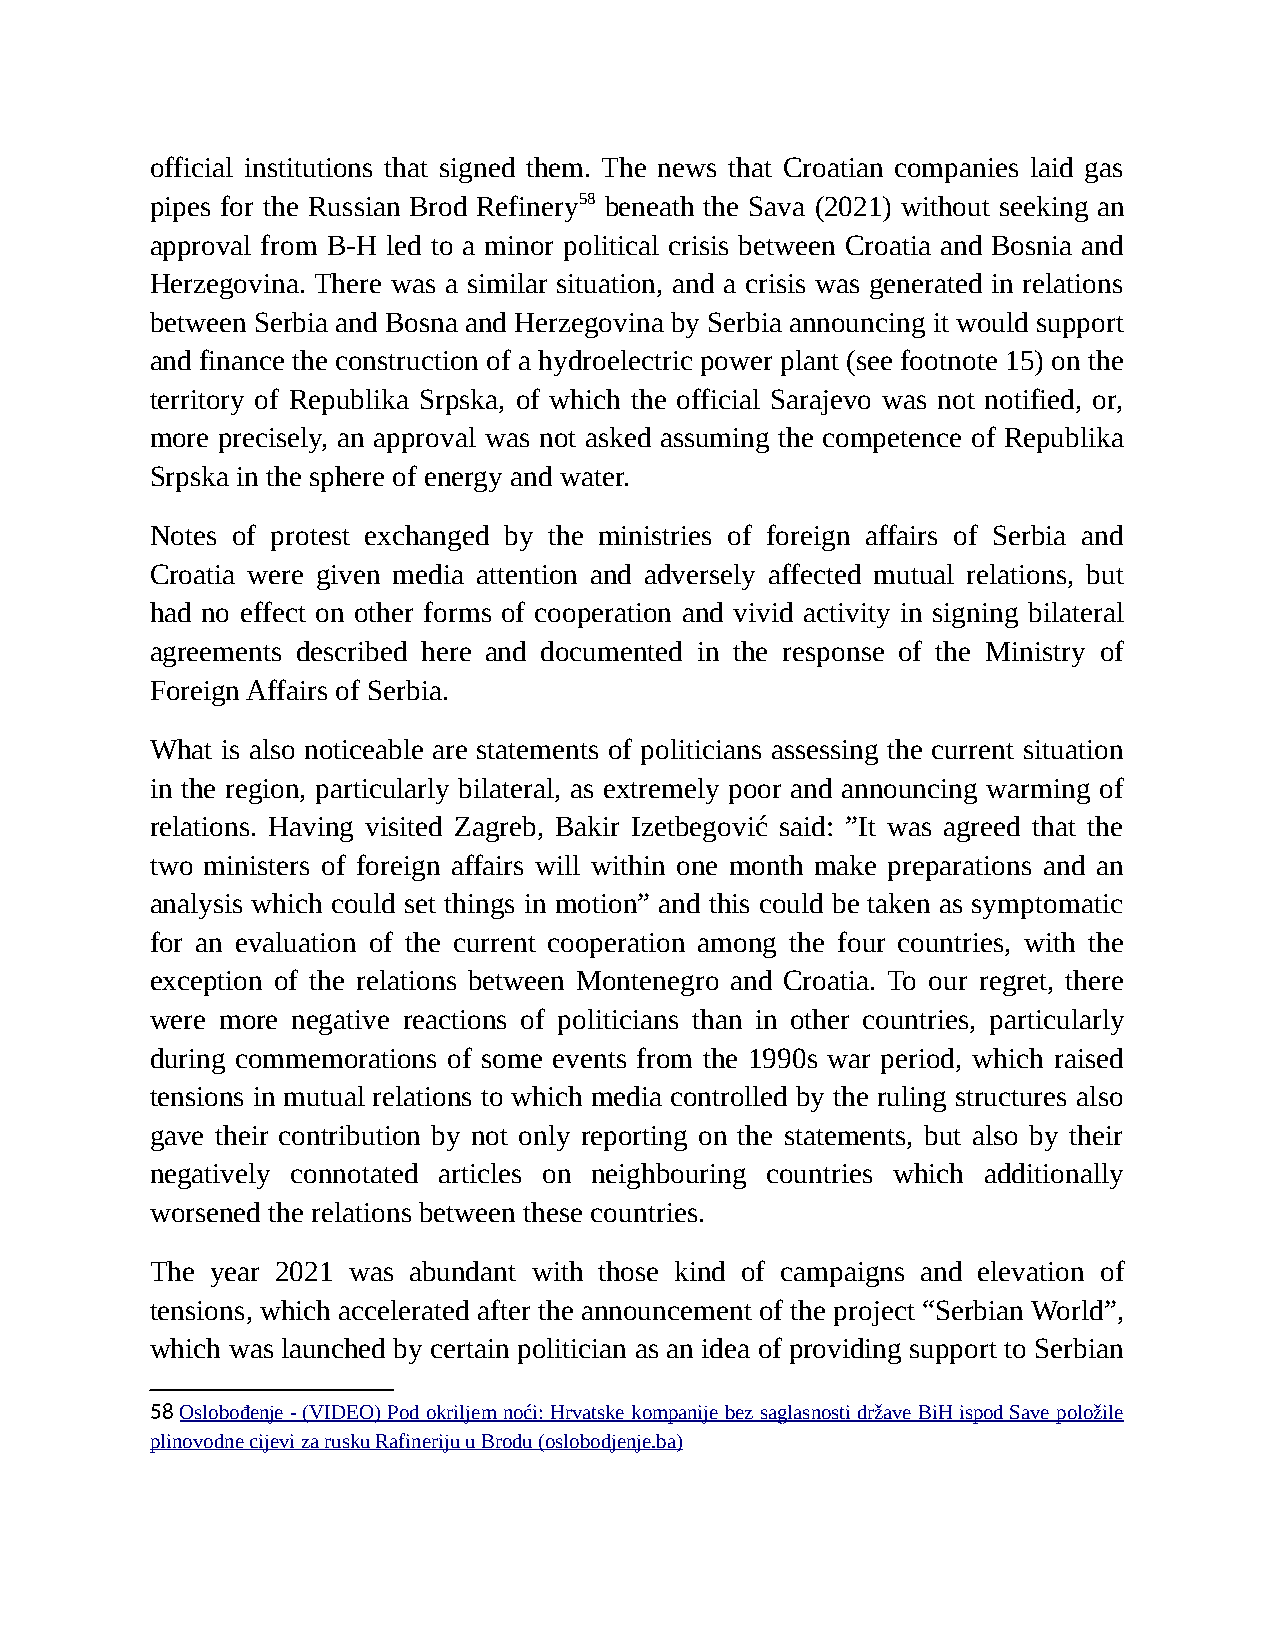
official institutions that signed them. The news that Croatian companies laid gas
 pipes for the Russian Brod Refinery58 beneath the Sava (2021) without seeking an
 approval from B-H led to a minor political crisis between Croatia and Bosnia and
 Herzegovina. There was a similar situation, and a crisis was generated in relations
 between Serbia and Bosna and Herzegovina by Serbia announcing it would support
 and finance the construction of a hydroelectric power plant (see footnote 15) on the
 territory of Republika Srpska, of which the official Sarajevo was not notified, or,
 more precisely, an approval was not asked assuming the competence of Republika
 Srpska in the sphere of energy and water.
 Notes of protest exchanged by the ministries of foreign affairs of Serbia and
 Croatia were given media attention and adversely affected mutual relations, but
 had no effect on other forms of cooperation and vivid activity in signing bilateral
 agreements described here and documented in the response of the Ministry of
 Foreign Affairs of Serbia.
 What is also noticeable are statements of politicians assessing the current situation
 in the region, particularly bilateral, as extremely poor and announcing warming of
 relations. Having visited Zagreb, Bakir Izetbegović said: ”It was agreed that the
 two ministers of foreign affairs will within one month make preparations and an
 analysis which could set things in motion” and this could be taken as symptomatic
 for an evaluation of the current cooperation among the four countries, with the
 exception of the relations between Montenegro and Croatia. To our regret, there
 were more negative reactions of politicians than in other countries, particularly
 during commemorations of some events from the 1990s war period, which raised
 tensions in mutual relations to which media controlled by the ruling structures also
 gave their contribution by not only reporting on the statements, but also by their
 negatively connotated articles on neighbouring countries which additionally
 worsened the relations between these countries.
 The year 2021 was abundant with those kind of campaigns and elevation of
 tensions, which accelerated after the announcement of the project “Serbian World”,
 which was launched by certain politician as an idea of providing support to Serbian
 58 Oslobođenje - (VIDEO) Pod okriljem noći: Hrvatske kompanije bez saglasnosti države BiH ispod Save položile
 plinovodne cijevi za rusku Rafineriju u Brodu (oslobodjenje.ba)